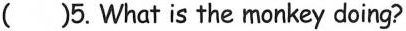
()5.What is the monkey doing?